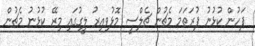
ފަހުން ކުޅުނު ފުރަތަމަ މެޗުން ޗެލްސީ މޮޅުވިއިރު ލީގުގައި މިރޭ ކުޅުނު މެޗުން